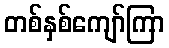
တစ်နှစ်ကျော်ကြာ